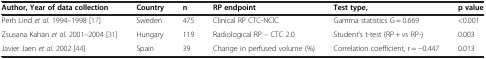
| Author, Year of data collection | Country | n | RP endpoint | Test type, | p value |
 | --- | --- | --- | --- | --- | --- |
 | Perh Lind et al. 1994–1998 [17] | Sweden | 475 | Clinical RP CTC-NCIC | Gamma statistics G = 0.669 | <0.001 |
 | Zsusana Kahan et al. 2001–2004 [31] | Hungary | 119 | Radiological RP – CTC 2.0 | Student’s t-test (RP + vs RP-) | 0.003 |
 | Javier Jaen et al. 2002 [44] | Spain | 39 | Change in perfused volume (%) | Correlation coefficient, r = −0.447 | 0.013 |